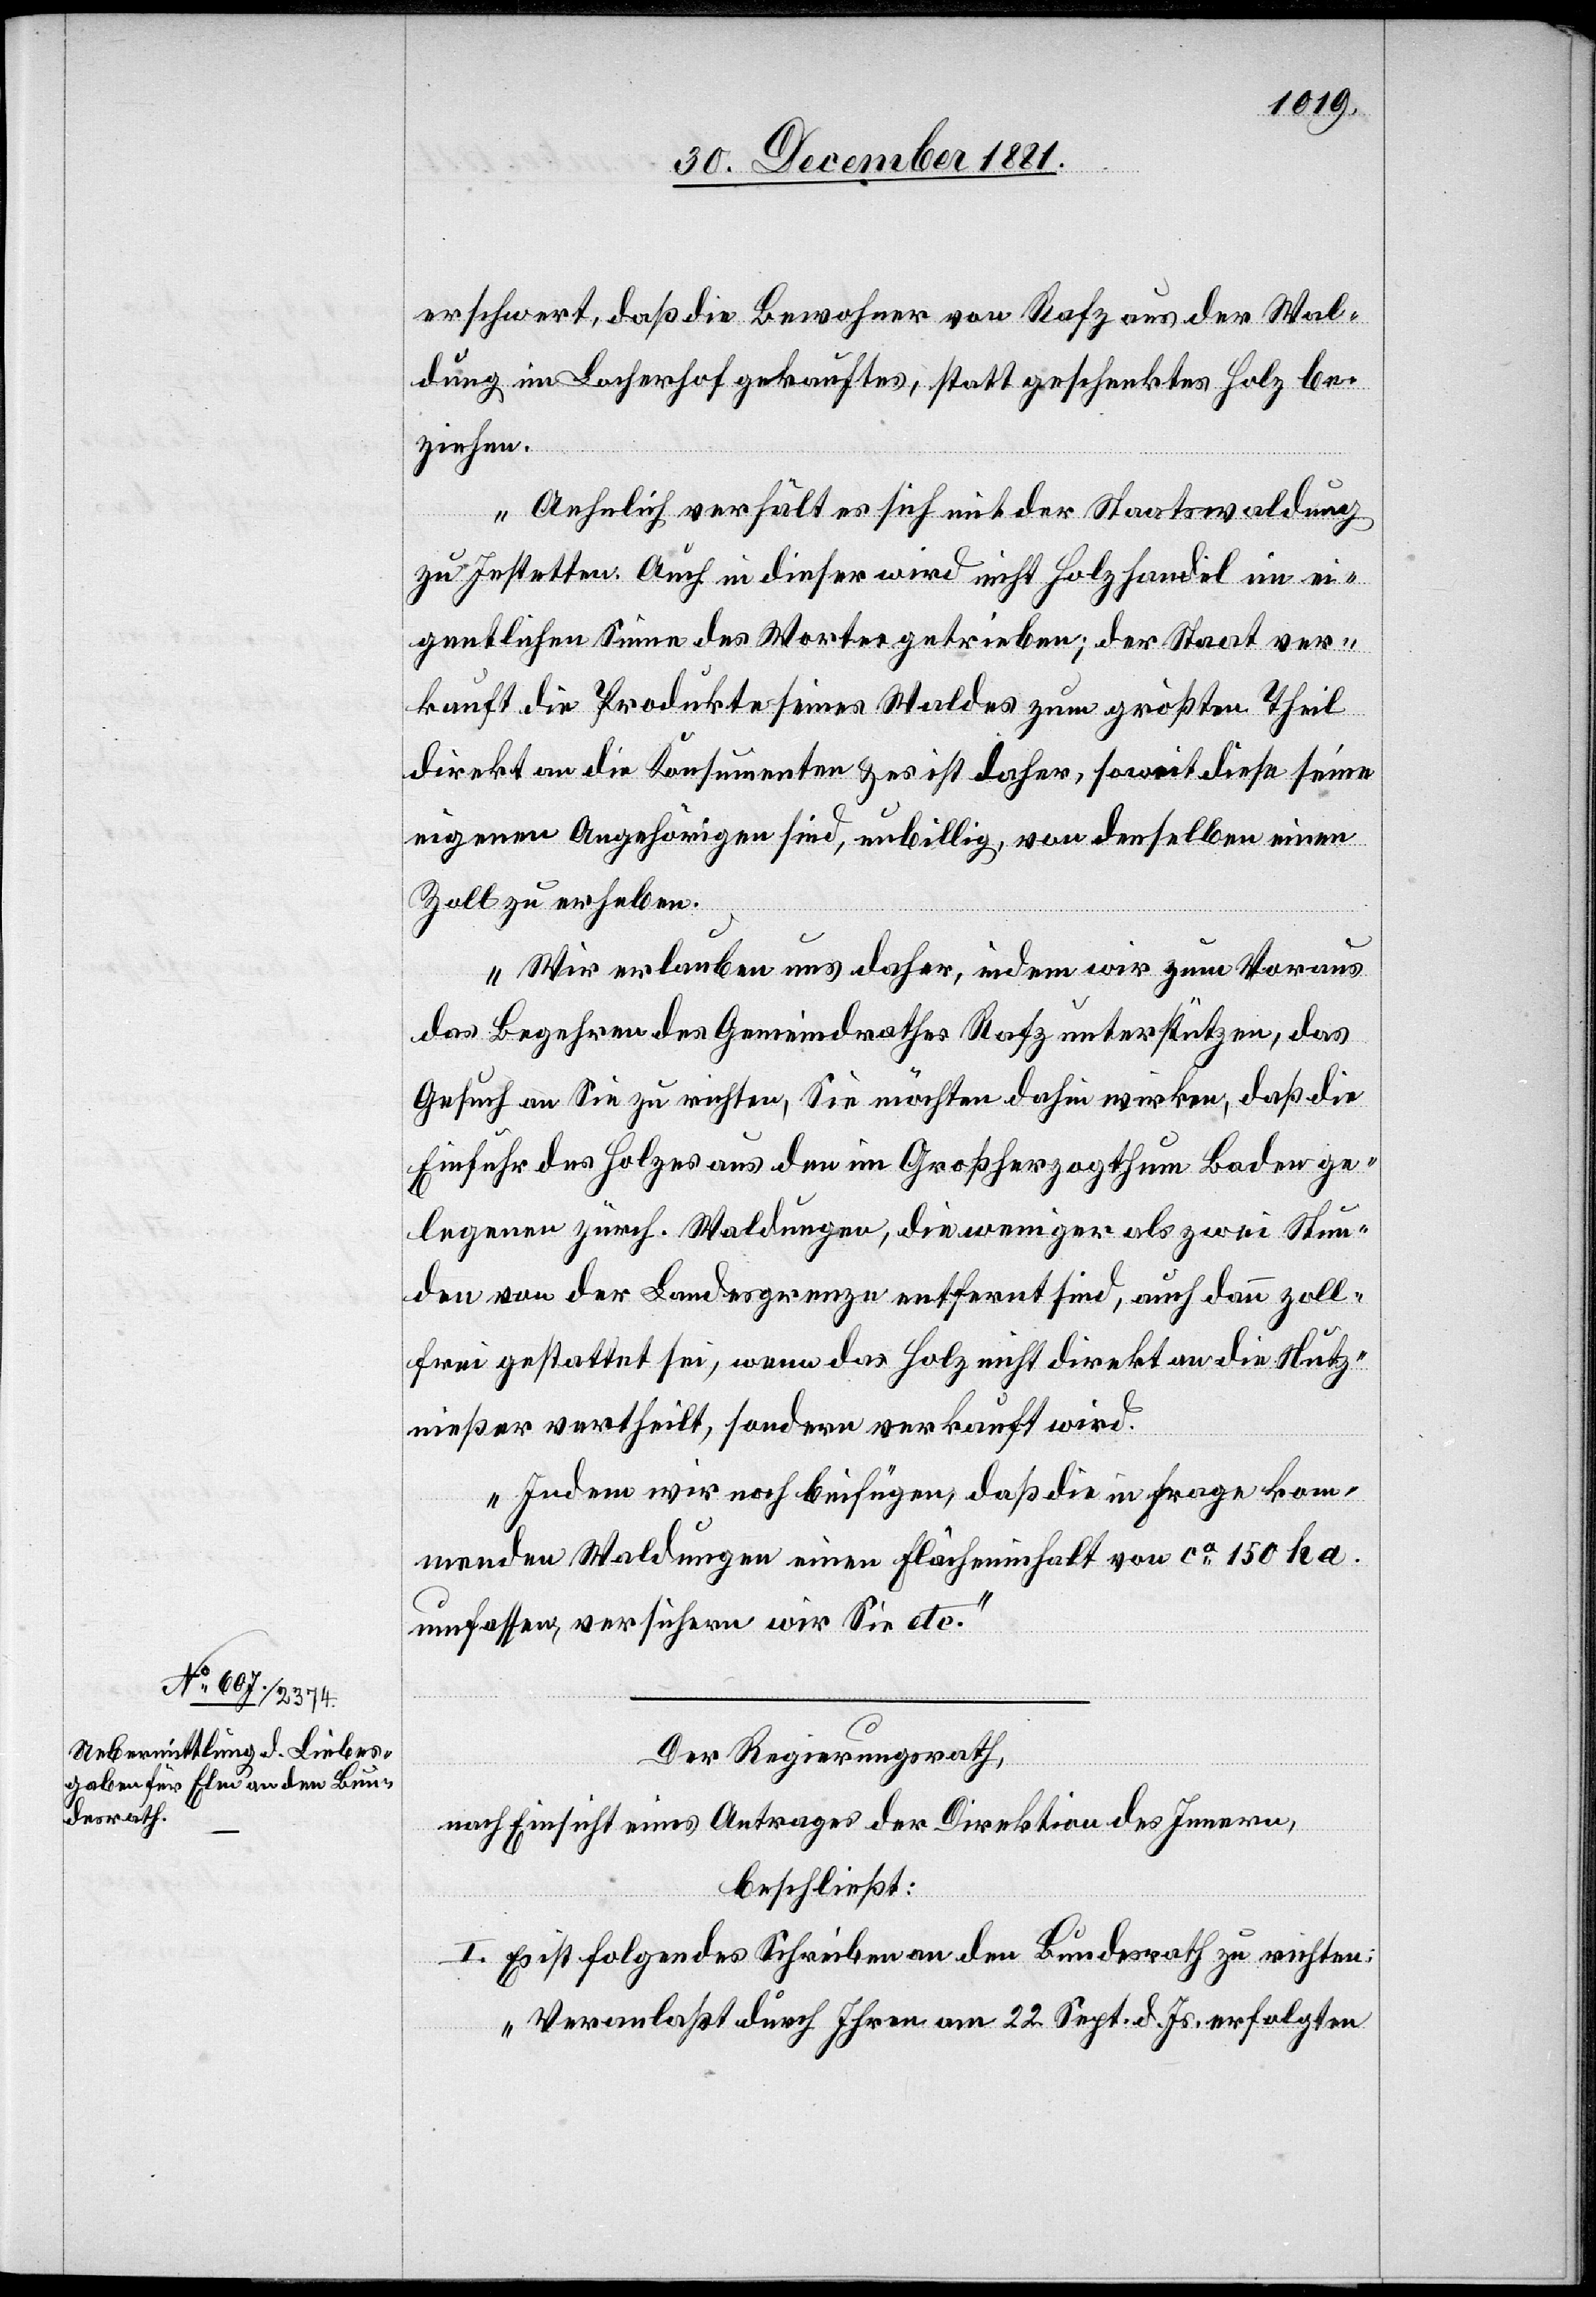
erschwert, daß die Bewohner von Rafz aus der Wal¬
dung im Locherhof gekauftes, statt geschenktes Holz be¬
ziehen.
Aehnlich verhält es sich mit der Staatswaldung
zu Jestetten. Auch in dieser wird nicht Holzhandel im ei¬
gentlichen Sinne des Wortes getrieben; der Staat ver¬
kauft die Produkte seines Waldes zum größten Theil
direkt an die Konsumenten & es ist daher, soweit diese seine
eigenen Angehörigen sind, unbillig, von denselben einen
Zoll zu erheben.
Wir erlauben uns daher, indem wir zum Voraus
das Begehren des Gemeindrathes Rafz unterstützen, das
Gesuch an Sie zu richten, Sie möchten dahin wirken, daß die
Einfuhr des Holzes aus den im Großherzogthum Baden ge¬
legenen zürch. Waldungen, die weniger als zwei Stun¬
den von der Landesgrenze entfernt sind, auch dann zoll¬
frei gestattet sei, wenn das Holz nicht direkt an die Nutz¬
nießer vertheilt, sondern verkauft wird.
Indem wir noch beifügen, daß die in Frage kom¬
menden Waldungen einen Flächeninhalt von ca 150 ha.
umfassen, versichern wir Sie etc.“
Der Regierungsrath,
nach Einsicht eines Antrages der Direktion des Innern,
beschließt:
I. Es ist folgendes Schreiben an den Bundesrath zu richten:
„Veranlaßt durch Ihren am 22. Sept. d. Js. erfolgten